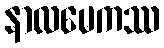
နာလမေကဿ